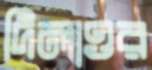
দিলাওর